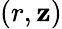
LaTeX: (r,\mathbf{z})